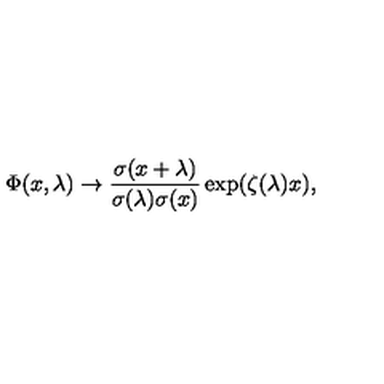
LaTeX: \Phi ( x , \lambda ) \rightarrow { \frac { \sigma ( x + \lambda ) } { { \sigma ( \lambda ) \sigma ( x ) } } } \exp ( { \zeta ( \lambda ) x } ) ,